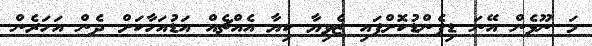
މަ ނޫޅެން އޭނަ ޑިފެންޑުކޮށްފައި ޒެވިޔާ ކިޔާ އެއްޗެއް އަޑުއަހާކަށް ދެން އަހަރެން